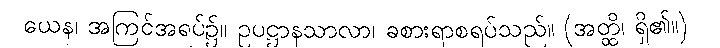
ယေန၊ အကြင်အရပ်၌။ ဥပဋ္ဌာနသာလာ၊ ခစားရာစရပ်သည်။ (အတ္ထိ၊ ရှိ၏။)